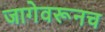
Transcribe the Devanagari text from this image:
जागेवरूनच